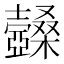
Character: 𣡆